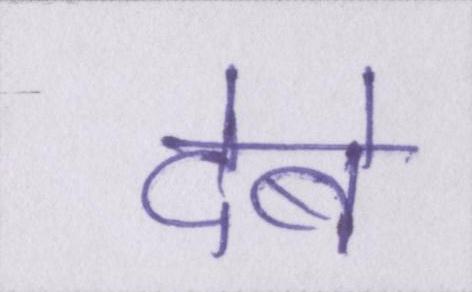
देबे